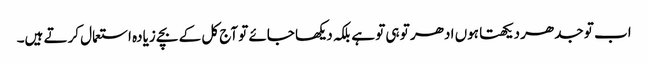
اب تو جدھر دیکھتا ہوں ادھر تو ہی تو ہے بلکہ دیکھا جائے تو آج کل کے بچے زیادہ استعمال کرتے ہیں۔